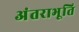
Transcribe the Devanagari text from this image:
अंतराभूति